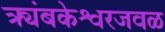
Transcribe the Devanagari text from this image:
त्र्यंबकेश्वरजवळ